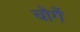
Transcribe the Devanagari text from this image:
चोगें